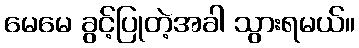
မေမေ ခွင့်ပြုတဲ့အခါ သွားရမယ်။